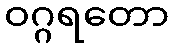
ဝဂ္ဂရတော